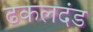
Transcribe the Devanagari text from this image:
ढकलदंड